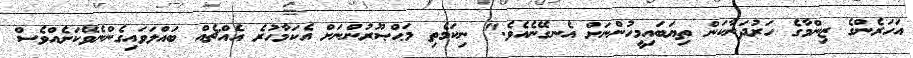
އަހަރެންގެ ޒިންމާގެ ހަރުދަނާކަން ތިޔަބައިމީހުންނަށް އެނގޭނެއެވެ." ނިކަމެތި މަޙްޞޫރުންނަށް އެކަމާހުރެ އެއްޗެއް ބައްލަވައިގެންނެވޭކަށެއްވެސް